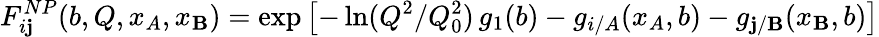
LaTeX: F_{i\mathbf{j}}^{NP}(b,Q,x_{A},x_{\mathbf{B}})=\exp\left[-\ln(Q^{2}/Q_{0}^{2})\, g_{1}(b)-g_{i/A}(x_{A},b)-g_{\mathbf{j}/\mathbf{B}}(x_{\mathbf{B}},b)\right]